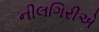
નીલગિરીએ